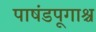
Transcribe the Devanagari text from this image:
पाषंडपूगाश्च